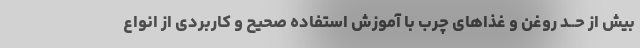
بیش از حــد روغن و غذاهای چرب با آموزش استفاده صحیح و کاربردی از انواع